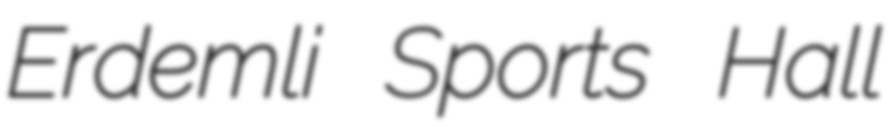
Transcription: Erdemli Sports Hall